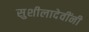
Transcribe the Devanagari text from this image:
सुशीलादेवींनी